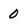
Character: 0